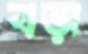
বড়া